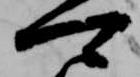
卿